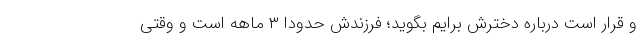
و قرار است درباره دخترش برایم بگوید؛ فرزندش حدودا ۳ ماهه است و وقتی